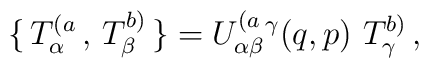
\{ \, T^{(a}_\alpha \,  , \, T^{b)}_\beta \, \}=U^{(a}_{\alpha\beta}{}^\gamma(q,p) \,\, T^{b)}_\gamma\, ,